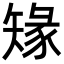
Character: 䂕